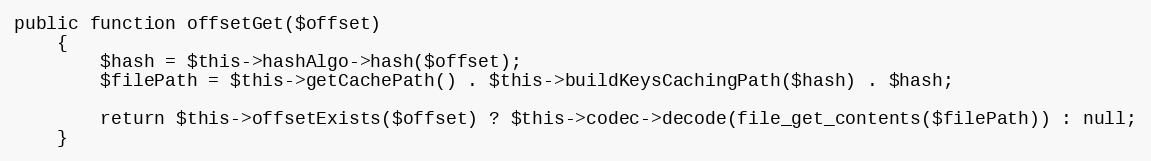
Language: PHP
public function offsetGet($offset)
    {
        $hash = $this->hashAlgo->hash($offset);
        $filePath = $this->getCachePath() . $this->buildKeysCachingPath($hash) . $hash;

        return $this->offsetExists($offset) ? $this->codec->decode(file_get_contents($filePath)) : null;
    }